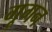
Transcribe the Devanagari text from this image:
गूगन